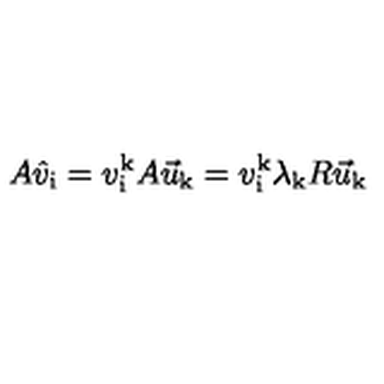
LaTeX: A \hat { v } _ { \mathrm { i } } = v _ { \mathrm { i } } ^ { \mathrm { k } } A \vec { u } _ { \mathrm { k } } = v _ { \mathrm { i } } ^ { \mathrm { k } } \lambda _ { \mathrm { k } } R \vec { u } _ { \mathrm { k } }